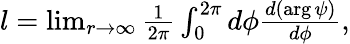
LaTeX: \begin{array}{r}{l=\operatorname*{lim}_{r\to\infty}\frac{1}{2\pi}\int_{0}^{2\pi}d\phi\frac{d\left(\arg\psi\right)}{d\phi},}\end{array}